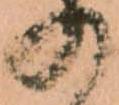
の